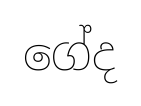
ගේද